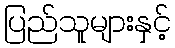
ပြည်သူများနှင့်